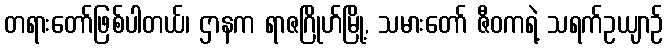
တရားတော်ဖြစ်ပါတယ်၊ ဌာနက ရာဇဂြိုဟ်မြို့, သမားတော် ဇီဝကရဲ့ သရက်ဥယျာဉ်